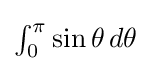
{\textstyle \int _{0}^{\pi }\sin \theta \,d\theta }